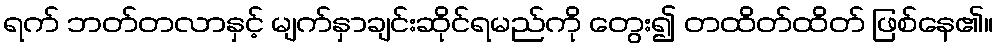
ရက် ဘတ်တလာနှင့် မျက်နှာချင်းဆိုင်ရမည်ကို တွေး၍ တထိတ်ထိတ် ဖြစ်နေ၏။